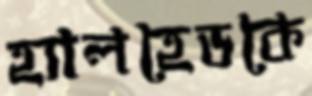
হ্যালহেডকে